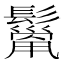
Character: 𩯓